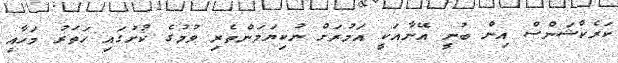
ކަރެކްޝަންސް އިން ބުނީ އޭނާއަކީ އަމުރަށް ނުކިޔަމަންތެރި ވުމުގެ ކުށުގައި ހަތަރު މަހާއި